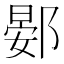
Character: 𫑦